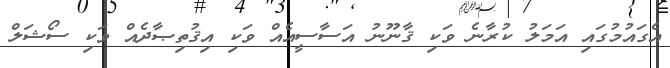
އެގައުމުގައި އަމަލު ކުރާނެ ވަކި ޤާނޫނު އަސާސީއެއް ވަކި އިޤުތިޞާދެއް ވަކި ސޯޝަލް